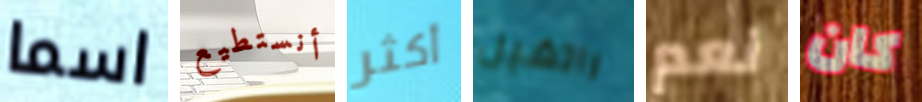
اسما أنستطيع أكثر راتشيل نعم كان